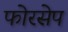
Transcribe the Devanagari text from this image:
फोरसेप